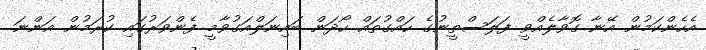
އެހެންކަމުން އޭނާ ގޮވާލެއްވީ ފަލަސްތީނުގެ ހައްގުތައް ހޯދަން ބައިނަލްއަގުވާމީ ފެންވަރުގައި ކުރަމުން އަންނަ